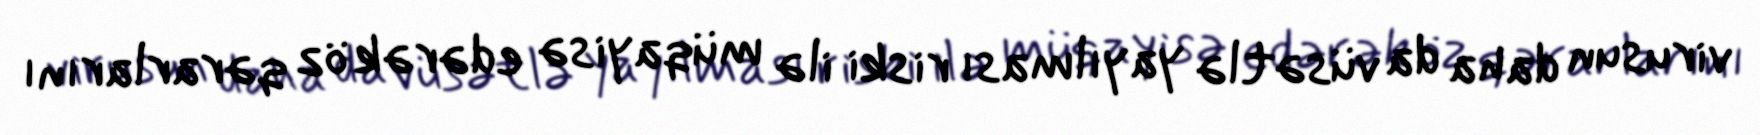
virusun daha da vüsətlə yayılması riski ilə müqayisə edərək öz qərarlarını